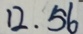
1 2 . 5 6